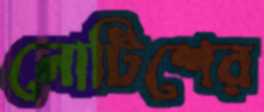
নোটিশের